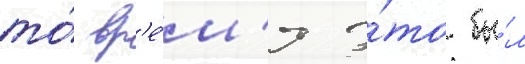
то́ вр'е́м'я э́то бы́л